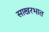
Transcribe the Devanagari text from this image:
साखरभात